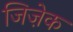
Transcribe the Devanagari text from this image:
जिज़ेक